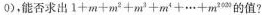
0 )$$，能否求出$$1 + m + m ^ { 2 } + m ^ { 3} + m ^ { 4 } + … + m ^ { 2 0 20 }$$的值?